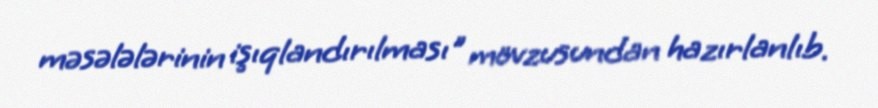
məsələlərinin işıqlandırılması" mövzusundan hazırlanlıb.